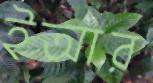
ইআর